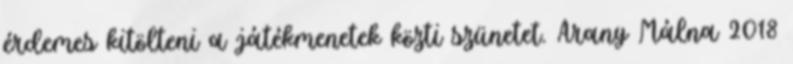
érdemes kitölteni a játékmenetek közti szünetet. Arany Málna 2018